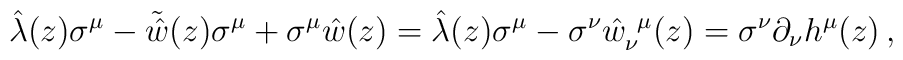
\hat{\lambda}(z)\sigma^{\mu}-\tilde{\hat{w}}(z)\sigma^{\mu}+\sigma^{\mu}\hat{w}(z)=\hat{\lambda}(z)\sigma^{\mu}-\sigma^{\nu}\hat{w}_{\nu}^{~\mu}(z)=\sigma^{\nu}\partial_{\nu}h^{\mu}(z)\,,